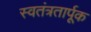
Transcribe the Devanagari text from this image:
स्वतंत्रतार्पूक